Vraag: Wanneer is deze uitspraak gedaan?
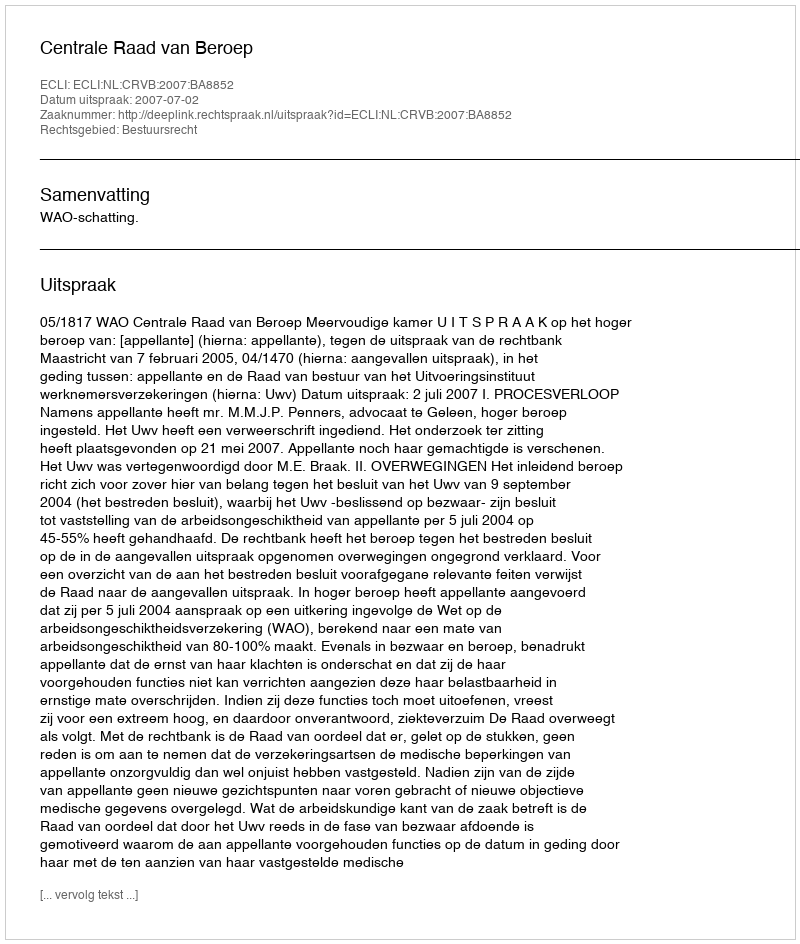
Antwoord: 2007-07-02